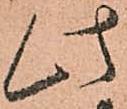
此